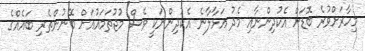
މިހާރަށްވުރެ ބޮޑަށް އެކުދިންނާއި މެދު އަޅާލާނެ އެކުދިންނަކީ ވެސް މުޖުތަމައުއަށް ބޭނުންތެރި ބައެއްގެ